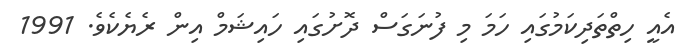
އެއީ ހިތްތަދިކަމުގައި ހަމަ މި ފުނަގަސް ދޮށުގައި ހައިޝަމް އިން ރެޔެކެވެ. 1991